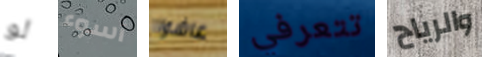
لو أسوء عاشوا تتعرفي والرياح